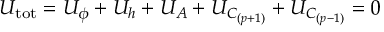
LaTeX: U _ { \mathrm { t o t } } = U _ { \phi } + U _ { h } + U _ { A } + U _ { C _ { ( p + 1 ) } } + U _ { C _ { ( p - 1 ) } } = 0